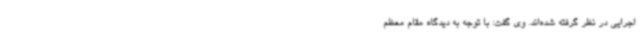
اجرایی در نظر گرفته‌ شده‌اند. وی گفت: با توجه به دیدگاه مقام معظم